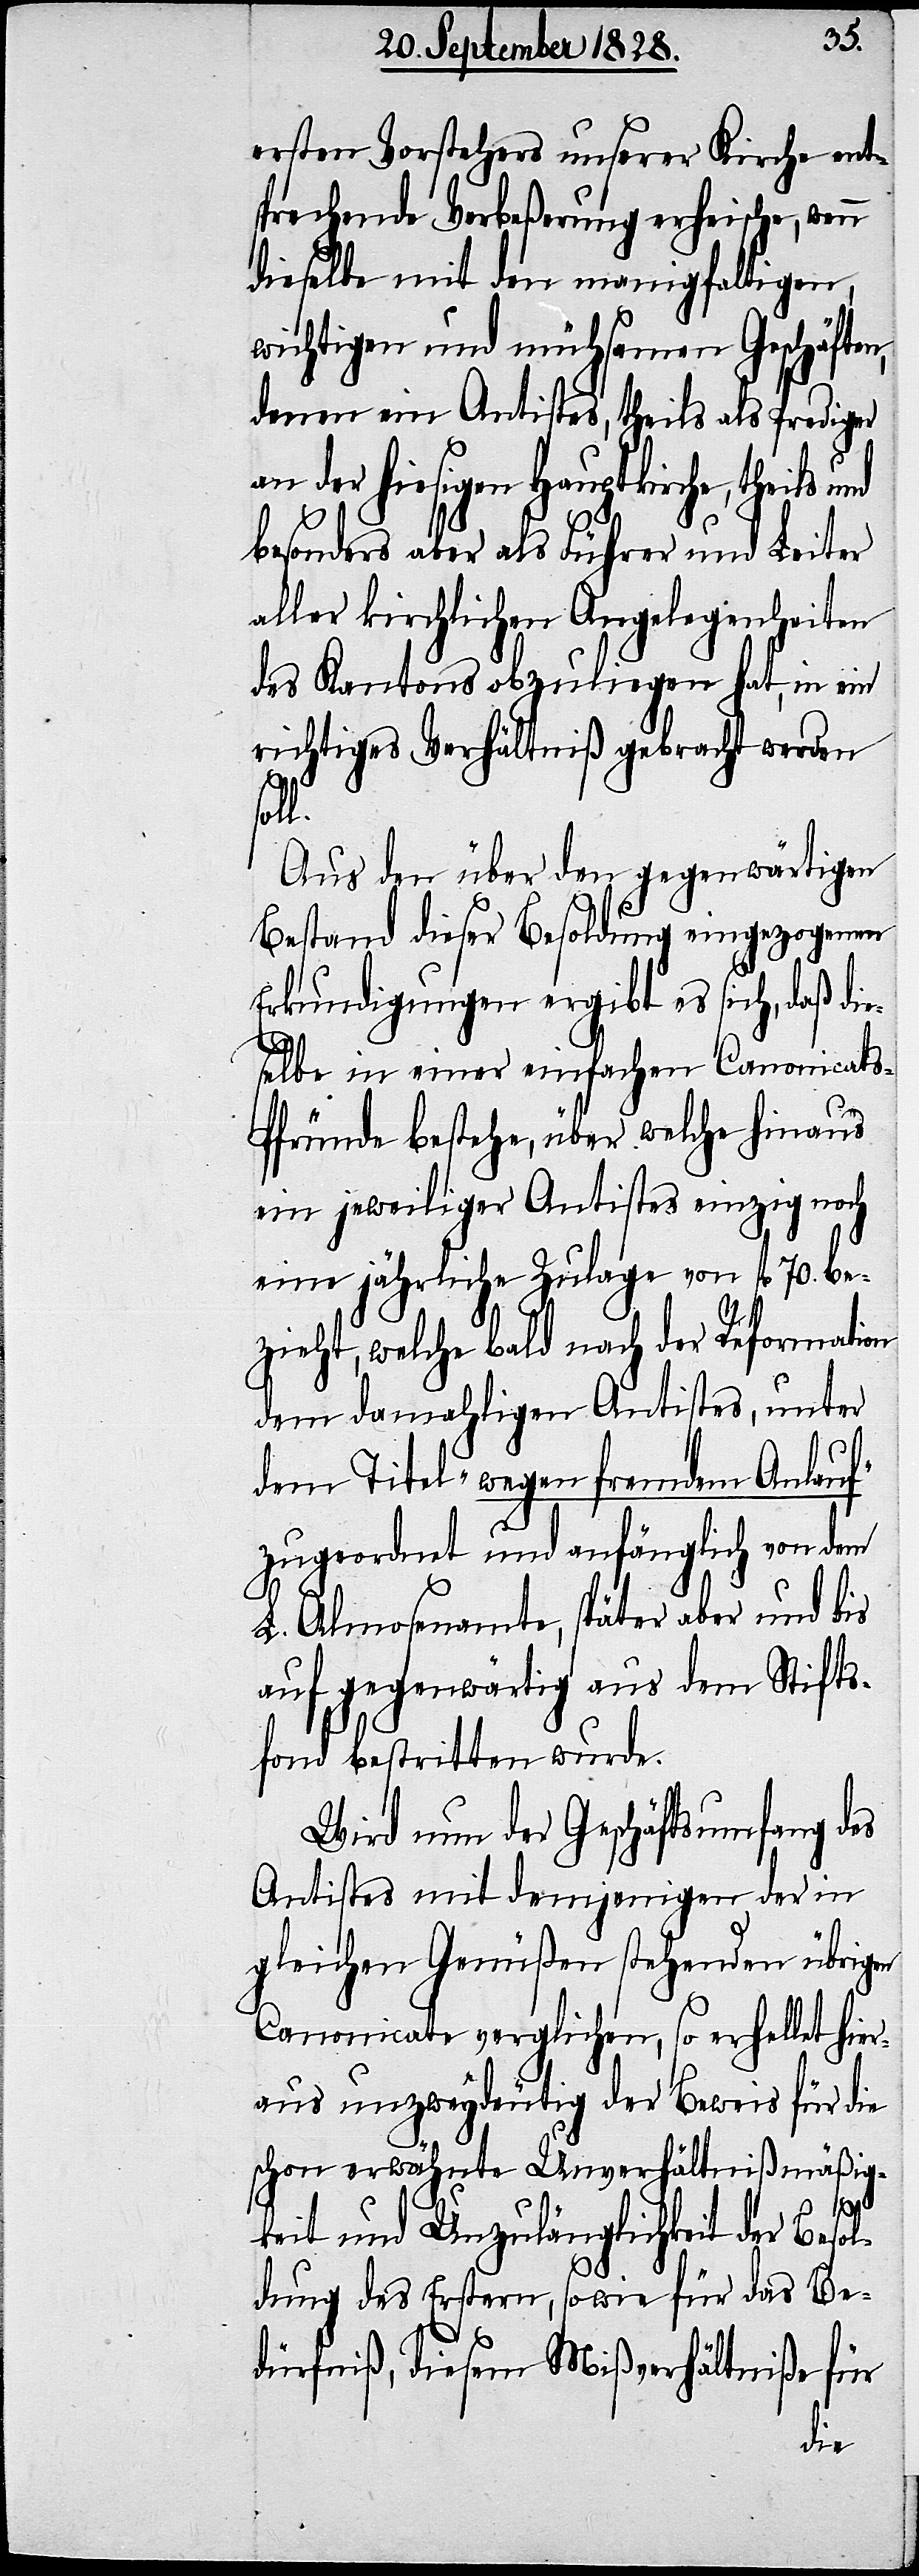
ersten Vorstehers unserer Kirche ent¬
sprechende Verbeßerung erheische, wenn
dieselbe mit den manigfaltigen
wichtigen und mühsamen Geschäften,
denen ein Antistes, theils als Prediger
an der hiesigen Hauptkirche, theils
besonders aber als Führer und Leiter
aller kirchlichen Angelegenheiten
des Kantons obzuliegen hat, in ein
richtiges Verhältniß gebracht werden
soll.
Aus den über den gegenwärtigen
Bestand dieser Besoldung eingezogenen
Erkundigungen ergibt es sich, daß die¬
selbe in einer einfachen Canonicat¬
s-Pfründe bestehe, über welche hinaus
ein jeweiliger Antistes einzig noch
eine jährliche Zulage von fl. 70. be¬
zieht, welche bald nach der Reformation
dem damahligen Antistes, unter
dem Titel „wegen fremdem Anlauf“
zugeordnet und anfänglich von dem
L. Almosenamte, später aber und bis
auf gegenwärtig aus dem Stifts¬
fond bestritten wurde.
Wird nun der Geschäftsumfang des
Antistes mit demjenigen der in
gleichen Genüßen stehenden übrigen
Canonicate verglichen, so erhellet hier¬
aus unzweydeutig der Beweis für die
schon erwähnte Unverhältnißmäßig¬
keit und Unzulänglichkeit der Beso¬
ldung des Erstern, sowie für das Be¬
dürfniß, diesem Mißverhältniße für